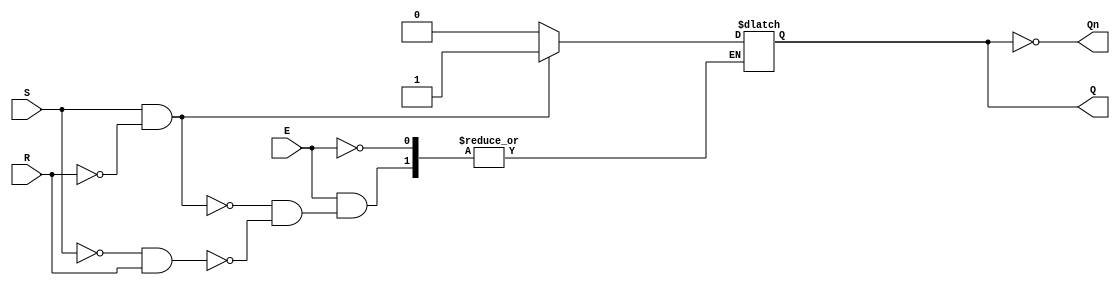
module gated_sr_latch (
    input wire S,      // Set input
    input wire R,      // Reset input
    input wire E,      // Enable input
    output reg Q,      // Output Q
    output wire Qn     // Complement of Q
);

    assign Qn = ~Q;    // Q' (complement of Q)

    always @ (E or S or R) begin
        if (E) begin
            if (S && !R) begin
                Q <= 1'b1;  // Set Q to high
            end else if (!S && R) begin
                Q <= 1'b0;  // Reset Q to low
            end
            // If both S and R are low, retain previous state (do nothing)
            // If both S and R are high, it leads to an indeterminate state
        end
        // When E is low, retain the previous state (do nothing)
    end

endmodule